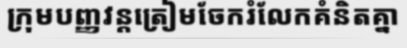
ក្រុមបញ្ញវន្តត្រៀមចែករំលែកគំនិតគ្នា